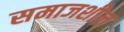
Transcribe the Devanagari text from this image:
समाजशील